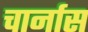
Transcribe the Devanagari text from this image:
चार्नास